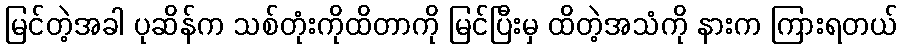
မြင်တဲ့အခါ ပုဆိန်က သစ်တုံးကိုထိတာကို မြင်ပြီးမှ ထိတဲ့အသံကို နားက ကြားရတယ်